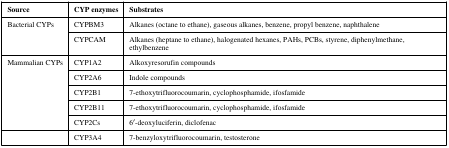
<table><thead><tr><td><b>Source</b></td><td><b>CYP enzymes</b></td><td><b>Substrates</b></td></tr></thead><tbody><tr><td rowspan="2">Bacterial CYPs</td><td>CYPBM3</td><td>Alkanes (octane to ethane), gaseous alkanes, benzene, propyl benzene, naphthalene</td></tr><tr><td>CYPCAM</td><td>Alkanes (heptane to ethane), halogenated hexanes, PAHs, PCBs, styrene, diphenylmethane, ethylbenzene</td></tr><tr><td rowspan="5">Mammalian CYPs</td><td>CYP1A2</td><td>Alkoxyresorufin compounds</td></tr><tr><td>CYP2A6</td><td>Indole compounds</td></tr><tr><td>CYP2B1</td><td>7-ethoxytrifluorocoumarin, cyclophosphamide, ifosfamide</td></tr><tr><td>CYP2B11</td><td>7-ethoxytrifluorocoumarin, cyclophosphamide, ifosfamide</td></tr><tr><td>CYP2Cs</td><td>6′-deoxyluciferin, diclofenac</td></tr><tr><td></td><td>CYP3A4</td><td>7-benzyloxytrifluorocoumarin, testosterone</td></tr></tbody></table>